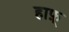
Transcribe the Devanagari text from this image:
हाफ़्